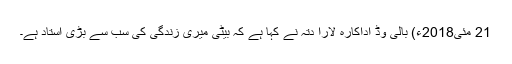
21 مئی2018ء) بالی وڈ اداکارہ لارا دتہ نے کہا ہے کہ بیٹی میری زندگی کی سب سے بڑی استاد ہے۔